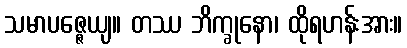
သမာပဇ္ဇေယျ။ တဿ ဘိက္ခုနော၊ ထိုရဟန်းအား။